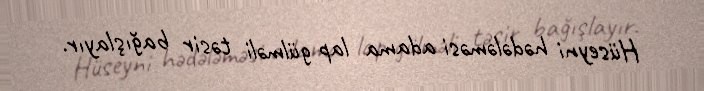
Hüseyni hədələməsi adama lap gülməli təsir bağışlayır.